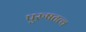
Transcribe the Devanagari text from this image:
पुरुषतत्व